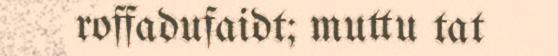
roffadufaidt; muttu tat